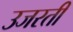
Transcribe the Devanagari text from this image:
उजरती